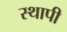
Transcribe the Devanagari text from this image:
स्थापी